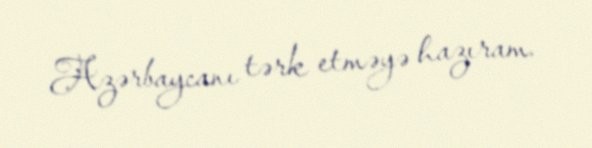
Azərbaycanı tərk etməyə hazıram.